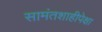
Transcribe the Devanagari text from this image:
सामंतशाहीपेक्षा